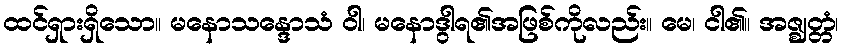
ထင်ရှားရှိသော။ မနောသန္ဒောသံ ဝါ၊ မနောဒွါရ၏အဖြစ်ကိုလည်း။ မေ၊ ငါ၏။ အဇ္ဈတ္တံ၊